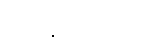
တွေ့နိုင် ပါတယ်။